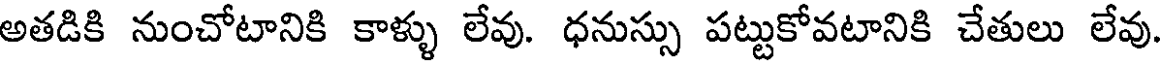
అతడికి నుంచోటానికి కాళ్ళు లేవు. ధనుస్సు పట్టుకోవటానికి చేతులు లేవు.